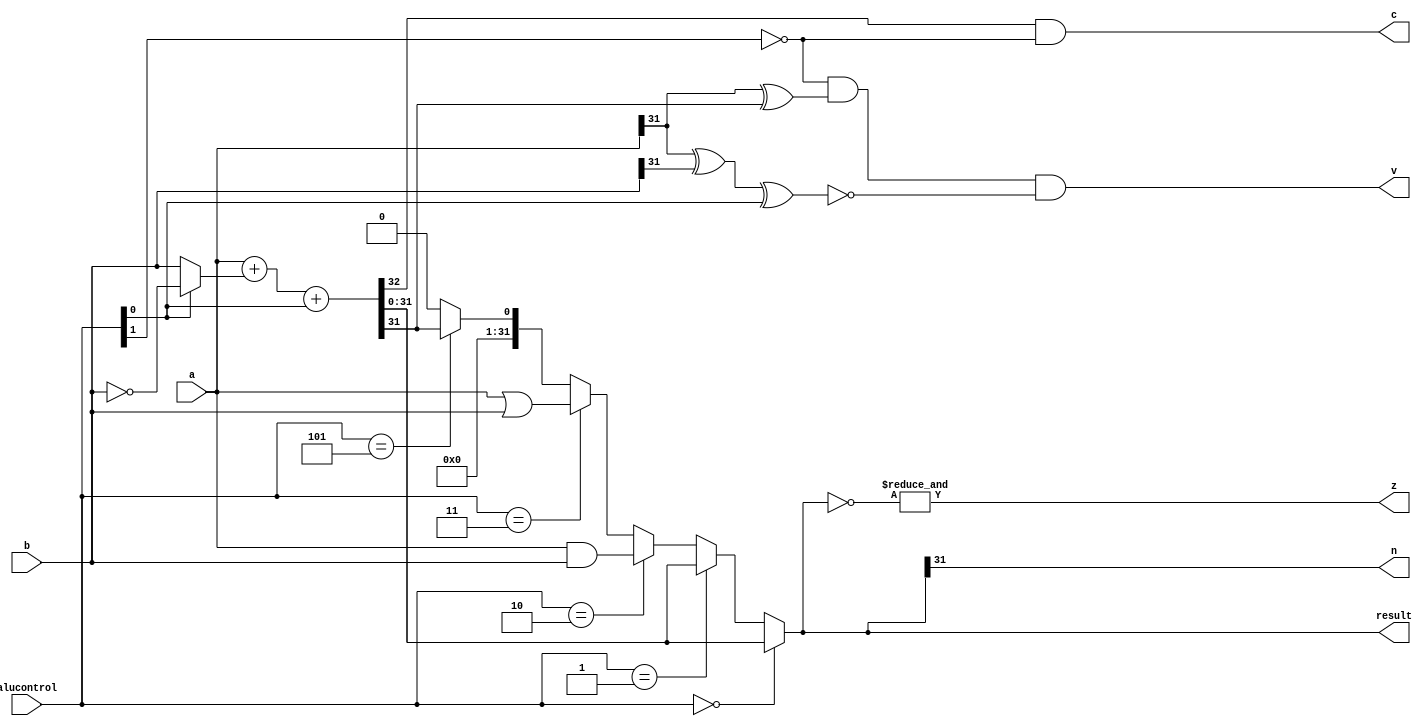
module alu(a,b,alucontrol,result,z,n,v,c);

input [31:0] a,b;
input[2:0] alucontrol;

output [31:0] result;
output z,n,v,c;

wire [31:0] a_and_b,a_or_b, not_b,mux_1,sum,mux_2,slt;
wire cout;

assign a_and_b=a&b;
assign a_or_b=a|b;
assign not_b=~b;

assign mux_1=(alucontrol[0]==1'b0)?b:not_b;
assign {cout,sum}=a+mux_1+alucontrol[0];
assign mux_2=(alucontrol[2:0]==3'b000)?sum:
             (alucontrol[2:0]==3'b001)?sum:
             (alucontrol[2:0]==3'b010)?a_and_b:
             (alucontrol[2:0]==3'b011)?a_or_b:
             (alucontrol[2:0]==3'b101)?slt:32'h00000000;
assign result=mux_2;

//flags
assign z=&(~result);
assign n=result[31];
assign c=(cout&(~alucontrol[1]));
assign v=(~alucontrol[1])&(a[31]^sum[31])&(~(a[31]^b[31]^alucontrol[0]));

//zero extention
assign slt={31'b0000000000000000000000000000000,sum[31]};


endmodule

/*module ALU(A,B,Result,ALUControl,OverFlow,Carry,Zero,Negative);

    input [31:0]A,B;
    input [2:0]ALUControl;
    output Carry,OverFlow,Zero,Negative;
    output [31:0]Result;

    wire Cout;
    wire [31:0]Sum;

    assign Sum = (ALUControl[0] == 1'b0) ? A + B :
                                          (A + ((~B)+1)) ;
    assign {Cout,Result} = (ALUControl == 3'b000) ? Sum :
                           (ALUControl == 3'b001) ? Sum :
                           (ALUControl == 3'b010) ? A & B :
                           (ALUControl == 3'b011) ? A | B :
                           (ALUControl == 3'b101) ? {{32{1'b0}},(Sum[31])} :
                           {33{1'b0}};
    assign OverFlow = ((Sum[31] ^ A[31]) & 
                      (~(ALUControl[0] ^ B[31] ^ A[31])) &
                      (~ALUControl[1]));
    assign Carry = ((~ALUControl[1]) & Cout);
    assign Zero = &(~Result);
    assign Negative = Result[31];

endmodule*/